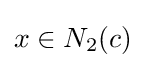
x\in N_{2}(c)